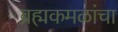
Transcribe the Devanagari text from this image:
ब्रह्मकमळांचा